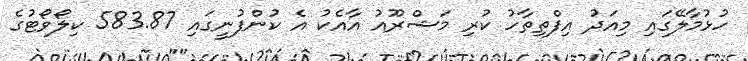
ހުޅުމާލޭގައި މިއަދު އިފްތިތާހު ކުރި މަޝްރޫއު އާއެކު އެ ކުންފުނީގައި 583.87 ކިލޯވޯޓުގެ